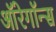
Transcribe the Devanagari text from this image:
ऑरेगॉन्स